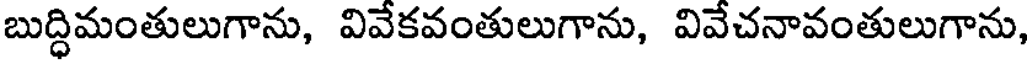
బుద్ధిమంతులుగాను, వివేకవంతులుగాను, వివేచనావంతులుగాను,